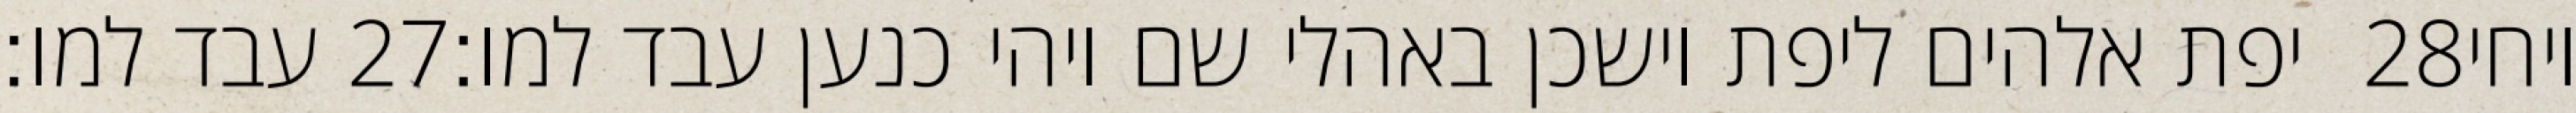
עבד למו׃ ‎27‏ יפת אלהים ליפת וישכן באהלי שם ויהי כנען עבד למו׃ ‎28‏ ויחי